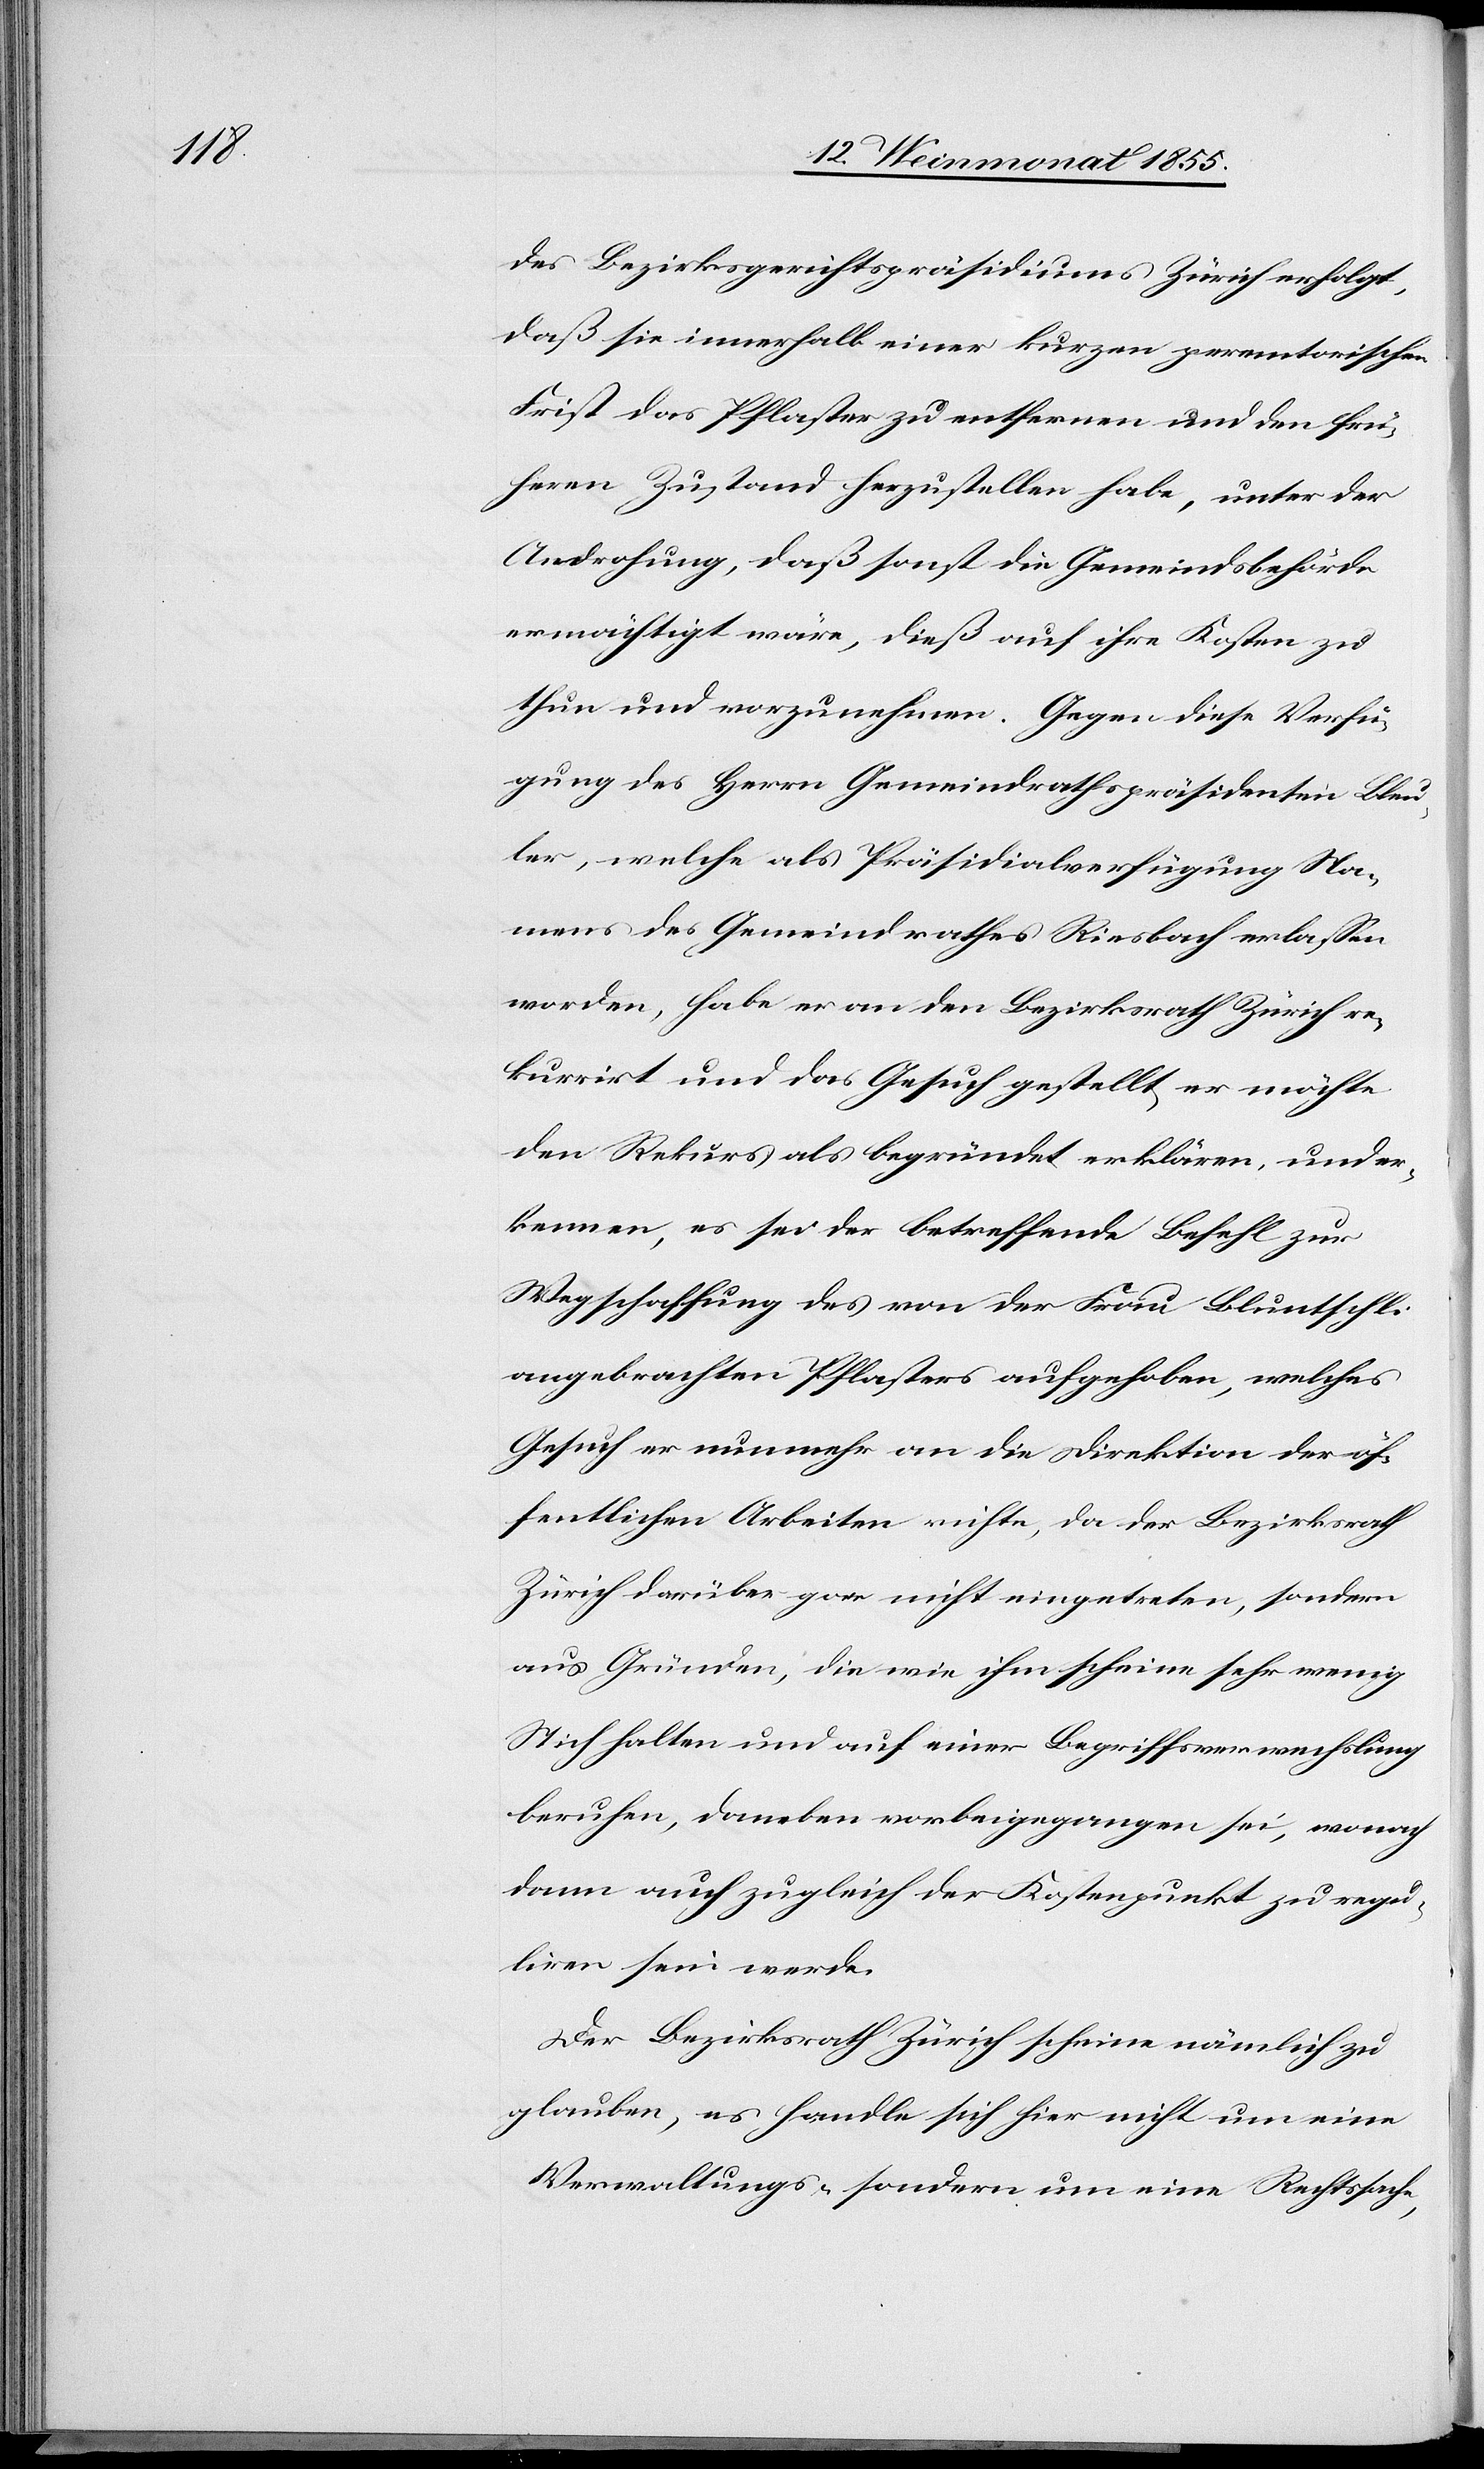
des Bezirksgerichtspräsidiums Zürich erfolgt,
daß sie innerhalb einer kurzen peremtorischen
Frist das Pflaster zu entfernen und den frü¬
heren Zustand herzustellen habe, unter der
Androhung, daß sonst die Gemeindsbehörde
ermächtigt wäre, dieß auf ihre Kosten zu
thun und vorzunehmen. Gegen diese Verfü¬
gung des Herrn Gemeindrathspräsidenten Bleu¬
ler, welche als Präsidialverfügung Na¬
mens des Gemeindrathes Riesbach erlassen
worden, habe er an den Bezirksrath Zürich re¬
kurrirt und das Gesuch gestellt, er möchte
den Rekurs als begründet erklären, und er¬
kennen, es sei der betreffende Befehl zur
Wegschaffung des von der Frau Bluntschli
angebrachten Pflasters aufgehoben, welches
Gesuch er nunmehr an die Direktion der öf¬
fentlichen Arbeiten richte, da der Bezirksrath
Zürich darüber gar nicht eingetreten, sondern
aus Gründen, die wie ihm scheine sehr wenig
Stich halten und auf einer Begriffsverwechslung
beruhen, daneben vorbeigegangen sei, wonach
dann auch zugleich der Kostenpunkt zu regu¬
liren sein werde.
Der Bezirksrath Zürich scheine nämlich zu
glauben, es handle sich hier nicht um eine
Verwaltungs- sondern um eine Rechtssache,